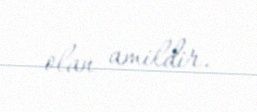
olan amildir.